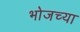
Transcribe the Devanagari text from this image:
भोजच्या